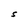
Character: S